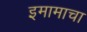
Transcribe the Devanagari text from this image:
इमामाचा